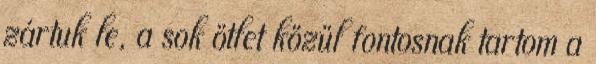
zártuk le, a sok ötlet közül fontosnak tartom a